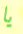
يا